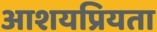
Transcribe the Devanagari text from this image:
आशयप्रियता